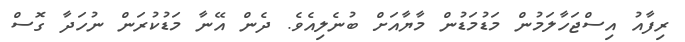
ރިފާއު އިސްޖަހާލަމުން މަޑުމަޑުން މާޔާއަށް ބުނެލިއެވެ. ދެން އޭނާ މަޑުކުރަން ނުހަދާ ގޮސް